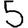
Digit: 5